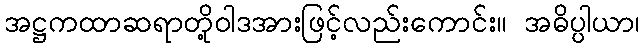
အဋ္ဌကထာဆရာတို့ဝါဒအားဖြင့်လည်းကောင်း။ အဓိပ္ပါယာ၊